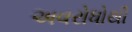
અવરોધોથી